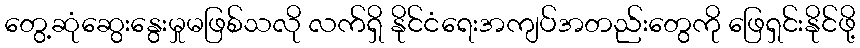
တွေ့ဆုံဆွေးနွေးမှုမဖြစ်သလို လက်ရှိ နိုင်ငံရေးအကျပ်အတည်းတွေကို ဖြေရှင်းနိုင်ဖို့